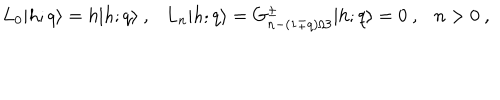
L _ { 0 } \vert h ; q \rangle = h \vert h ; q \rangle { } ~ , { } ~ { } ~ { } ~ L _ { n } \vert h ; q \rangle = G _ { n - ( 1 \mp q ) / 3 } ^ { \pm } \vert h ; q \rangle = 0 { } ~ , { } ~ { } ~ { } ~ n > 0 { } ~ ,